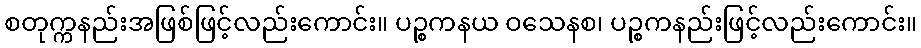
စတုက္ကနည်းအဖြစ်ဖြင့်လည်းကောင်း။ ပဉ္စကနယ ဝသေနစ၊ ပဉ္စကနည်းဖြင့်လည်းကောင်း။